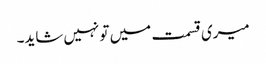
میری قسمت میں تو نہیں شاید۔